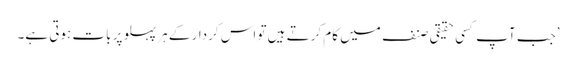
’جب آپ کسی حقیقی صنف میں کام کرتے ہیں تو اس کردار کے ہر پہلو پر بات ہوتی ہے۔